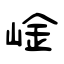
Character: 崯